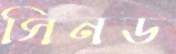
সিনড